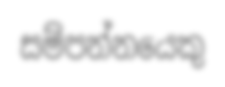
සම්පන්නයෙකු